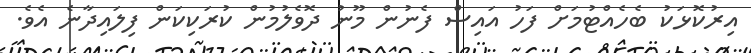
އިރުކޮޅަކު ބެހެއްޓުމަށް ފަހު އައިސް ފެނުން މޫނު ދޮވެލުމުން ކުރަކިކަން ފިލައިދާނެ އެވެ.